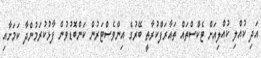
އަދި ކުއްލި ކުއްލިއަށް ޓެކްސްތައް ތައާރަފްކުރާތީ ބޭރުގެ އިންވެސްޓަރުން ކަންބޮޑުވުން ފާޅުކުރަމުންދާ ކަމަށާއި